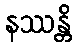
နဿန္တိ